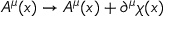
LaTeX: { \cal A } ^ { \mu } ( x ) \rightarrow { \cal A } ^ { \mu } ( x ) + \partial ^ { \mu } \chi ( x )